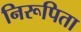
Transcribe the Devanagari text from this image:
निरूपिता